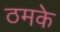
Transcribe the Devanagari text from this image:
ठमके